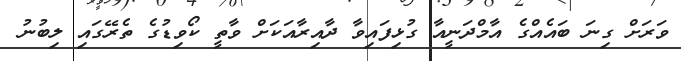
ވަރަށް ގިނަ ބައެއްގެ އާމްދަނީއާ ގުޅިފައިވާ ދާއިރާއަކަށް ވާތީ ކޯވިޑުގެ ތެރޭގައި ލިބުނު